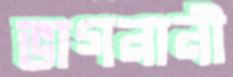
ভাগনানী